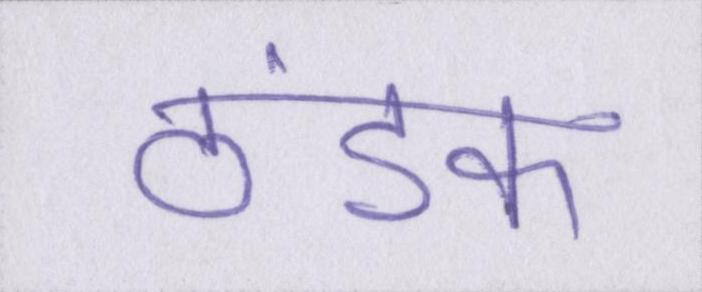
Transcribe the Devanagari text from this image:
ठंडक